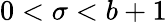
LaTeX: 0<\sigma<b+1